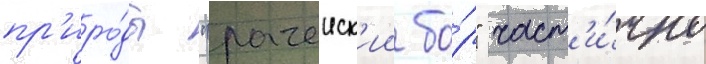
пр'иро́ды "рачеиск'ии бо́р" част'и́чно